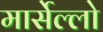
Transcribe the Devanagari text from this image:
मार्सेल्लो